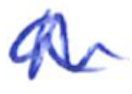
Text: a
Cross-out: zig-zag
Writing tool: ballpoint